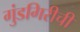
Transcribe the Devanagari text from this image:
गुंडगिरीची